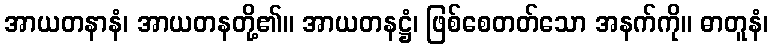
အာယတနာနံ၊ အာယတနတို့၏။ အာယတနဋ္ဌံ၊ ဖြစ်စေတတ်သော အနက်ကို။ ဓာတူနံ၊